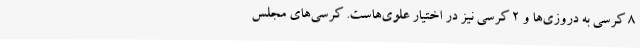
8 کرسی به دروزی‌ها و 2 کرسی نیز در اختیار علوی‌هاست. کرسی‌های مجلس